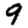
Digit: 9